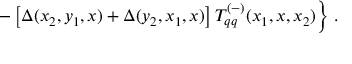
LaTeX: \left. - \left[ \Delta ( x _ { 2 } , y _ { 1 } , x ) + \Delta ( y _ { 2 } , x _ { 1 } , x ) \right] T _ { q q } ^ { ( - ) } ( x _ { 1 } , x , x _ { 2 } ) \right\} \, .